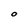
Character: O